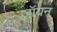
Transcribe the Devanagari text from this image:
जॉयन